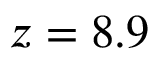
z = 8 . 9